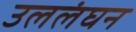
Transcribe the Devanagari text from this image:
उललंघन